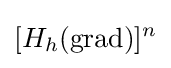
[H_{h}(\operatorname {grad} )]^{n}